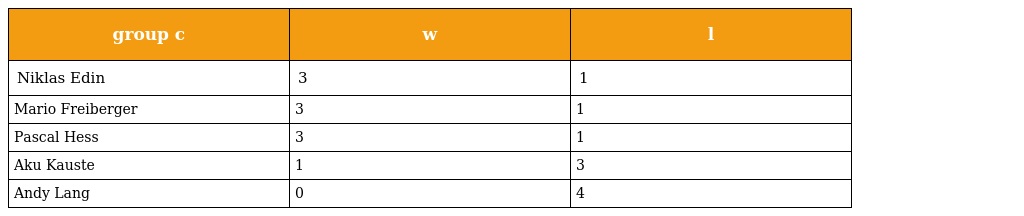
| group c | w | l |
 | --- | --- | --- |
 | Niklas Edin | 3 | 1 |
 | Mario Freiberger | 3 | 1 |
 | Pascal Hess | 3 | 1 |
 | Aku Kauste | 1 | 3 |
 | Andy Lang | 0 | 4 |